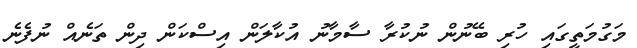
މަގުމަތީގައި ހުރި ބޭނުން ނުކުރާ ސާމާނު އުކާލަން އިސްކަން ދިން ތަނެއް ނުފެނެ